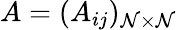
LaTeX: A=(A_{ij})_{\mathcal{N}\times\mathcal{N}}